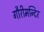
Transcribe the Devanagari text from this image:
गौरीमन्दिर